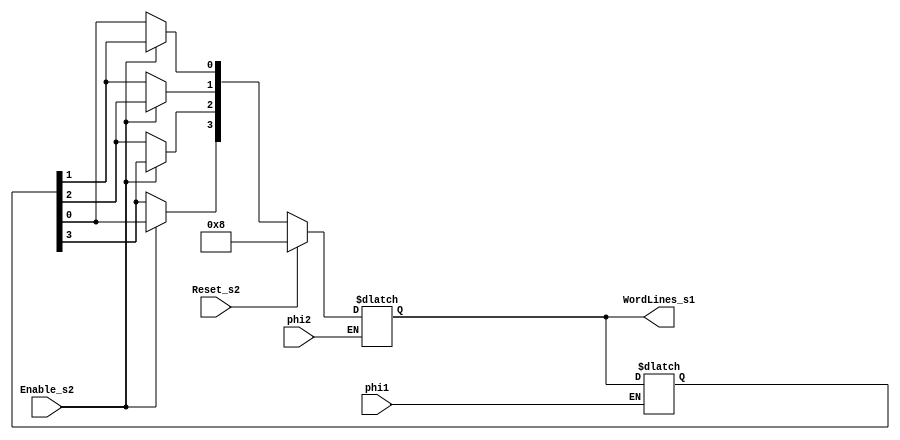
/////////////////////////////////////////////////////////////////////////////
// Block Name:  shifter.v
/////////////////////////////////////////////////////////////////////////////

`define		ResetValue	4'b1000

module shifter(phi1, phi2, Reset_s2, Enable_s2, WordLines_s1);

/////////////////////////////////////////////////////////////////////////////

  input			phi1, 
			phi2;
  input			Reset_s2;
  input			Enable_s2;
  output	[3:0]	WordLines_s1;

/////////////////////////////////////////////////////////////////////////////

  reg		[3:0]	WordLines_s2;
  reg		[3:0]	WordLines_s1;

  // phi2 latch
  always @(phi2 or Reset_s2 or Enable_s2 or WordLines_s2)
    if (phi2)
      begin
	if (Reset_s2)
	  begin
	    WordLines_s1 = `ResetValue;
	  end
	else
	  begin
	    if (Enable_s2)
	      begin
		WordLines_s1[0] = WordLines_s2[1];
		WordLines_s1[1] = WordLines_s2[2];
		WordLines_s1[2] = WordLines_s2[3];
		WordLines_s1[3] = WordLines_s2[0];
	      end
	    else
	      begin
	        WordLines_s1 = WordLines_s2;
	      end
	  end
      end
  // phi1 latch
  always @(phi1 or WordLines_s1)
    if (phi1)
      begin
	WordLines_s2 = WordLines_s1;
      end

endmodule